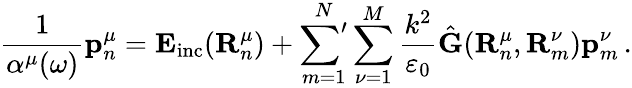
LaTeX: \frac{1}{\alpha^{\mu}(\omega)}\mathbf{p}_{n}^{\mu}=\mathbf{E}_{\mathrm{inc}}(\mathbf{R}_{n}^{\mu})+\sideset{}{'}\sum_{m=1}^{N}\sum_{\nu=1}^{M}\frac{k^{2}}{\varepsilon_{0}}\hat{\mathbf{G}}(\mathbf{R}_{n}^{\mu},\mathbf{R}_{m}^{\nu})\mathbf{p}_{m}^{\nu}\, .